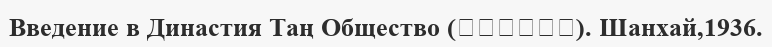
Введение в Династия Таң Общество (唐代社會概略). Шанхай,1936.